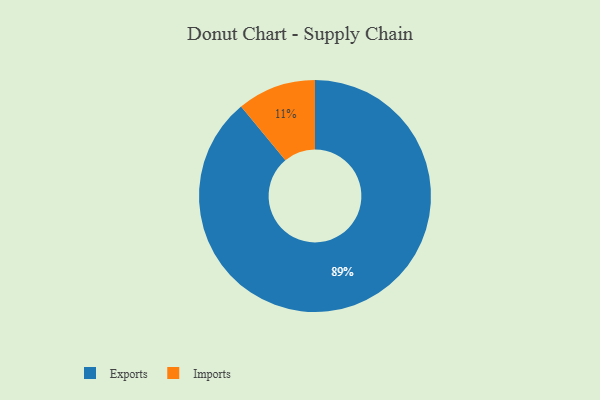
{"axis": {"x": "Category", "y": "Percentage"}, "legend": ["Exports", "Imports"], "data": [{"x": "Exports", "y": 89, "type": "Exports"}, {"x": "Imports", "y": 11, "type": "Imports"}]}